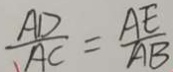
\frac { A D } { A C } = \frac { A E } { A B }